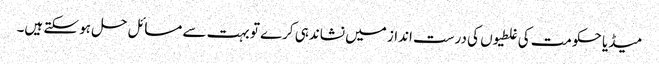
میڈیا حکومت کی غلطیوں کی درست انداز میں نشاندہی کرے تو بہت سے مسائل حل ہو سکتے ہیں۔